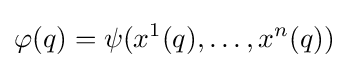
\varphi (q)=\psi (x^{1}(q),\dots ,x^{n}(q))